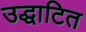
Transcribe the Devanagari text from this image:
उद्धाटित